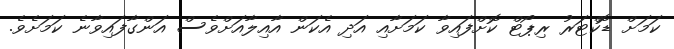
ކަމަށް ޑޮކްޓަރު ރިޕޯޓް ކޮށްފައިވާ ކަމަށާއި އަދި އެކަން އާއިލާއަށްވެސް އަންގާފައިވާނެ ކަމަށެވެ.